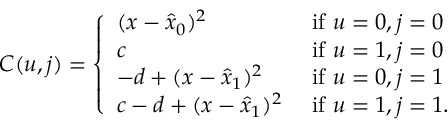
C ( u , j ) = \left\{ \begin{array} { l l } { { ( x - \hat { x } _ { 0 } ) ^ { 2 } } } & { { \mathrm { ~ i f ~ } u = 0 , j = 0 } } \\ { { c } } & { { \mathrm { ~ i f ~ } u = 1 , j = 0 } } \\ { { - d + ( x - \hat { x } _ { 1 } ) ^ { 2 } } } & { { \mathrm { ~ i f ~ } u = 0 , j = 1 } } \\ { { c - d + ( x - \hat { x } _ { 1 } ) ^ { 2 } } } & { { \mathrm { ~ i f ~ } u = 1 , j = 1 . } } \end{array} \right.